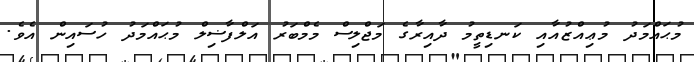
މުޙައްމަދު މުޢިއްޒުއާއި ކަނޑިތީމު ދާއިރާގެ މަޖްލިސް މެމްބަރު އަލްފާޟިލް މުޙައްމަދު ހުސައިން އެވެ.